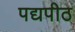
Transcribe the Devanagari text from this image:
पद्यपीठ